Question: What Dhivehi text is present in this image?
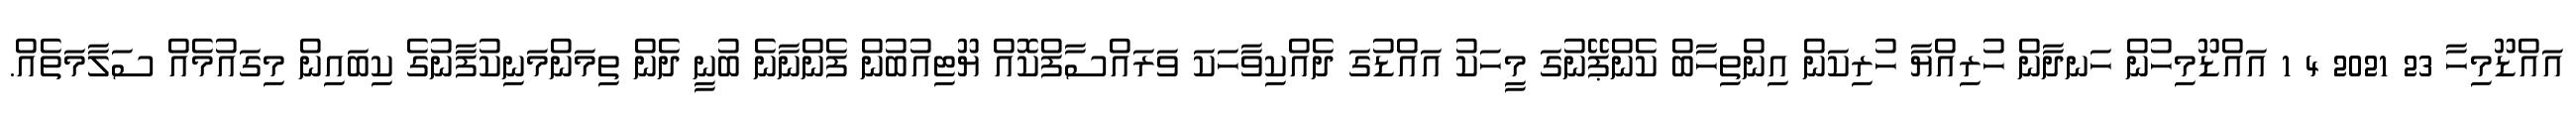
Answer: އައްޑޫމިހާ 23 2021 4 1 އައްޑޫމިހުން ހަނދާން ހުރިއްޔާ ހުރިކަން އިންތިހާބް ކެންޕޭނުގަ މީހަކު އައްޑުގަ ދެއްކިވާހަކަ ވަރައްސާފްކޮއް ޔޫޓިއުބުން ފެންނާނެ ބުނީ ދެން ތިމަންމަނިކުފާނުގެ ކިބައިން މިގައުމެއް ސަލާމަތެއް.